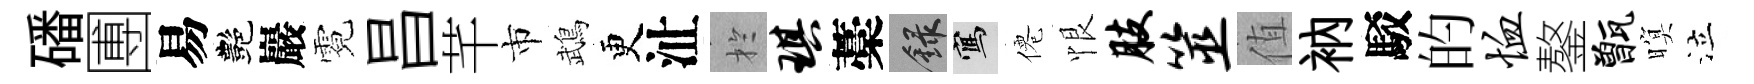
磻圑易艷巖霓昌芊市鵡更沚扵琪藁録寫僊恨肢筮值衲駁的恤鏊甑暝泣